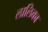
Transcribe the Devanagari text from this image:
लालिका